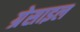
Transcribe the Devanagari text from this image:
ग्रेसाइल